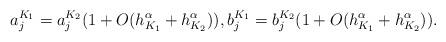
LaTeX: \begin{align*}a_{j}^{K_{1}}=a_{j}^{K_{2}}(1+O(h_{K_{1}}^{\alpha}+h_{K_{2}}^{\alpha})),b_{j}^{K_{1}}=b_{j}^{K_{2}}(1+O(h_{K_{1}}^{\alpha}+h_{K_{2}}^{\alpha})).\end{align*}